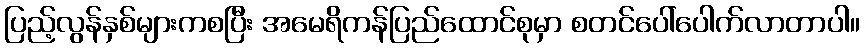
ပြည့်လွန်နှစ်များကစပြီး အမေရိကန်ပြည်ထောင်စုမှာ စတင်ပေါ်ပေါက်လာတာပါ။